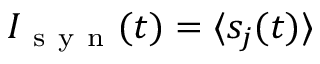
I _ { \mathrm { ~ s ~ y ~ n ~ } } ( t ) = \langle s _ { j } ( t ) \rangle